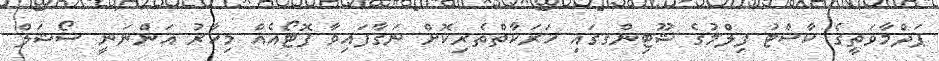
ޕަދްމާވަތީގެ ކާސްޓު ފިލްމުގެ ޝޫޓިންގގައި ހަރަކާތްތެރިކޮށް ނަގާފައިވާ ފޮޓޯއެއް މިހާރު އަންނަނީ ސޯޝަލް